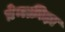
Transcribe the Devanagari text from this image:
प्रेमक्रीड़ा